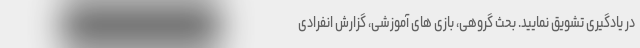
در یادگیری تشویق نمایید. بحث گروهی، بازی های آموزشی، گزارش انفرادی